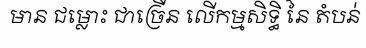
មាន ជម្លោះ ជាច្រើន លើកម្មសិទ្ធិ នៃ តំបន់